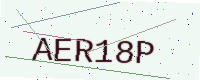
Text: AER18P